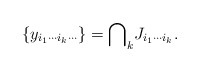
\begin{align*}\{y_{i_{1}\cdots i_{k}\cdots}\}={\bigcap\nolimits_{k}}J_{i_{1}\cdots i_{k}}.\end{align*}